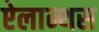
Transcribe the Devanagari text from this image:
ऐलान्थस